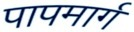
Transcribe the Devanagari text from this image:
पापमार्ग